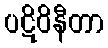
ပဋိဝိနီတာ